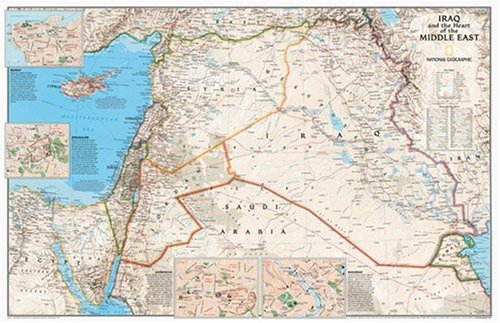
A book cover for Middle East w/Iraq 2-sided; National Geographic Maps; Travel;